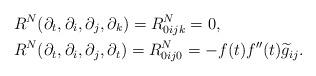
LaTeX: \begin{align*}&R^N(\partial_t,\partial_i,\partial_j,\partial_k)= R^N_{0ijk}=0, \\&R^N(\partial_t,\partial_i,\partial_j,\partial_t)= R^N_{0ij0}=-f(t)f''(t)\widetilde{g}_{ij}.\end{align*}